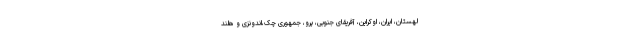
لهستان، ایران، اوکراین، آفریقای جنوبی، پرو، جمهوری چک،اندونزی و هلند